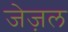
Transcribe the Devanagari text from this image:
जेज़ल